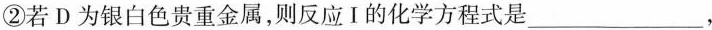
②若D为银白色贵重金属，则反应Ⅰ的化学方程式是___，